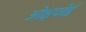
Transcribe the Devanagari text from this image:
ओक्षफोर्ड